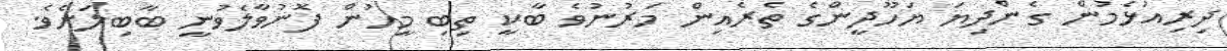
ދިރިއުޅެމުން ގެންދިޔަ ޔަހޫދީންގެ ތެރެއިން މަރުނުވެ ބާކީ ތިބި މީހުން ފޮނުވާލެވުނީ ބާބިލަށެވެ.